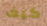
كيف